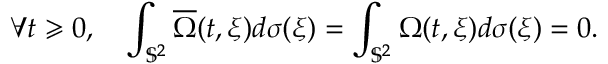
\forall t \geqslant 0 , \quad \int _ { \mathbb { S } ^ { 2 } } \overline { { \Omega } } ( t , \xi ) d \sigma ( \xi ) = \int _ { \mathbb { S } ^ { 2 } } \Omega ( t , \xi ) d \sigma ( \xi ) = 0 .